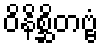
ဝိနိစ္ဆိတဗ္ဗံ